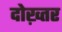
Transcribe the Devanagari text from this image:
दोख़्तर